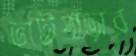
ভাটপাড়ার